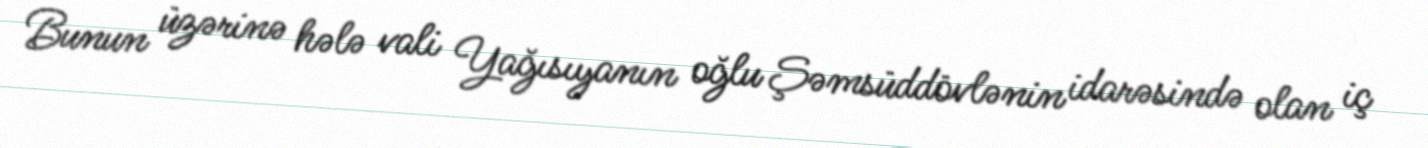
Bunun üzərinə hələ vali Yağısıyanın oğlu Şəmsüddövlənin idarəsində olan iç